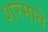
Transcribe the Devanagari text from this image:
शरमाते